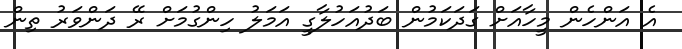
އެ އަންހެން މީހާއަށް ގަދަކަމުން ބަދުއަހުލާގީ އަމަލު ހިންގުމަށް ރޭ ދަންވަރު ތިން